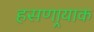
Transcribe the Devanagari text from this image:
हसणार्‍याक